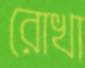
রোখা